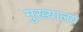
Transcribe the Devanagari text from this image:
मुख्यालय